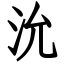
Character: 沇